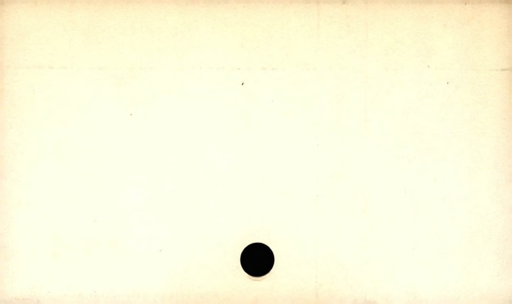
Label: blank